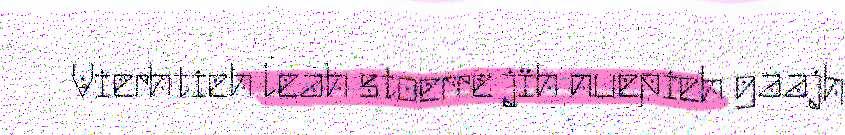
Vierhtieh leah stoerre jïh nuepieh gaajh